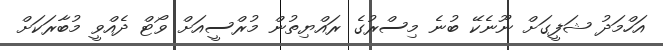
އަހްމަދު ޝަފީގަށް ނޫނެކޭ ބުނެ މިސްރުގެ ރައްޔިތުން މުރްސީއަށް ވޯޓް ދެއްވީ މުބާރަކަށް